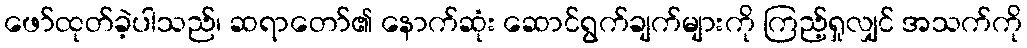
ဖော်ထုတ်ခဲ့ပါသည်၊ ဆရာတော်၏ နောက်ဆုံး ဆောင်ရွက်ချက်များကို ကြည့်ရှုလျှင် အသက်ကို